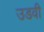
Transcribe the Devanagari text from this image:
उडवी